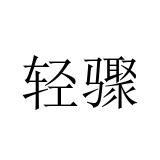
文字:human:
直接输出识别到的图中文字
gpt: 轻骤